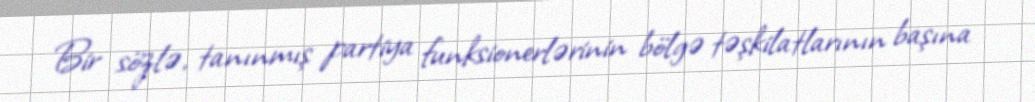
Bir sözlə, tanınmış partiya funksionerlərinin bölgə təşkilatlarının başına